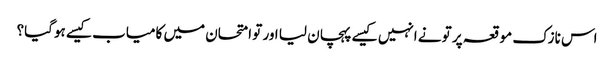
اس نازک موقعہ پر تو نے انہیں کیسے پہچان لیا اور تو امتحان میں کامیاب کیسے ہوگیا؟